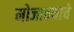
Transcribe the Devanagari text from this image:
मोजावयाचे